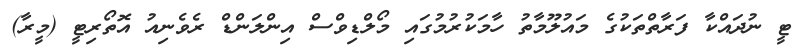
ޓީ ނުދައްކާ ފަރާތްތަކުގެ މައުލޫމާތު ހާމަކުރުމުގައި މޯލްޑިވްސް އިންލަންޑް ރެވެނިއު އޮތޯރިޓީ (މީރާ)